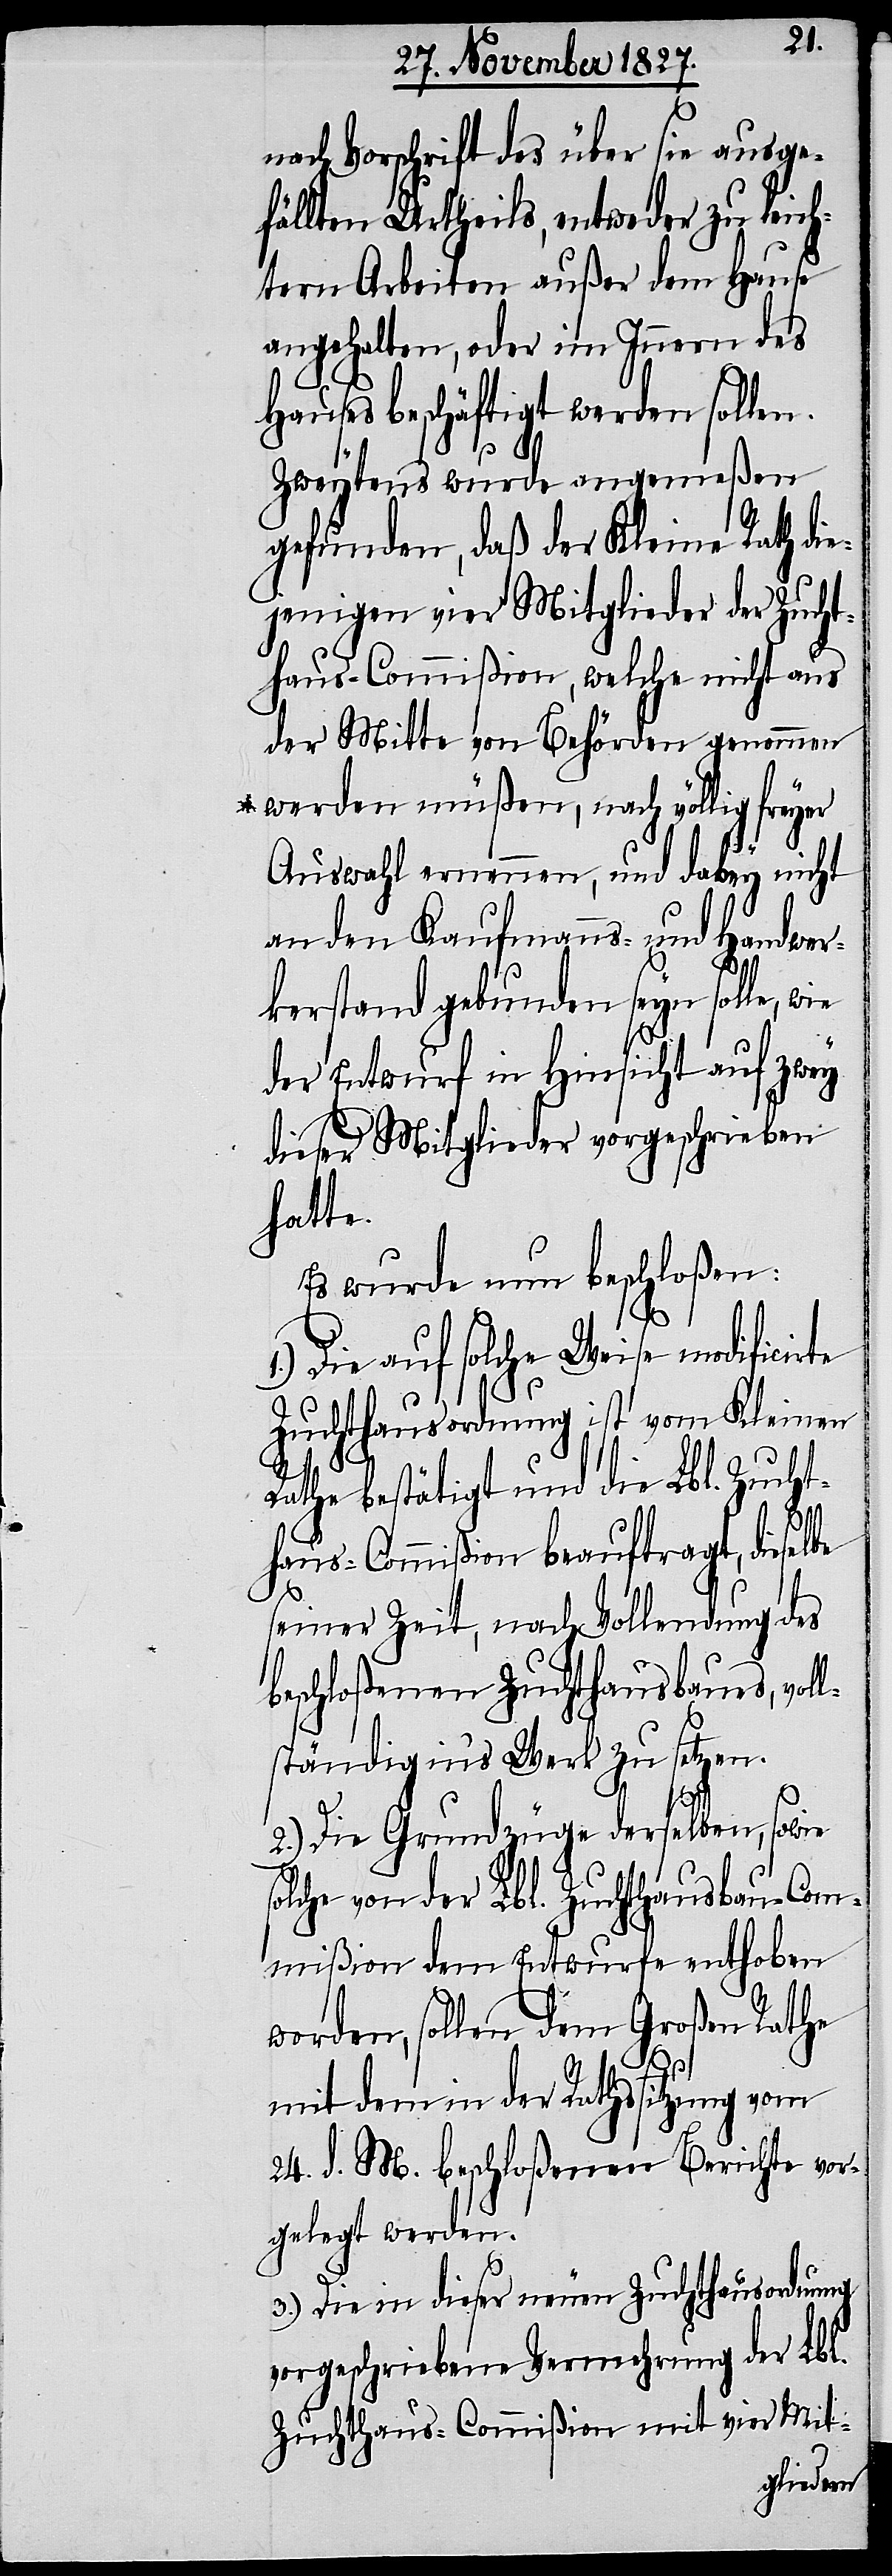
nach Vorschrift des über sie ausge¬
fällten Urtheils, entweder zu leich¬
tern Arbeiten außer dem Hause
angehalten, oder im Innern des
Hauses beschäftigt werden sollen.
Zweytens wurde angemeßen
gefunden, daß der Kleine Rath di¬
ejenigen vier Mitglieder der Zucht¬
haus-Commißion, welche nicht aus
der Mitte von Behörden genommen
werden müßen, nach völlig freyer
Auswahl ernennen, und dabey nicht
an den Kaufmanns- und Handwer¬
kerstand gebunden seyn solle,
der Entwurf in Hinsicht auf zwey
dieser Mitglieder vorgeschrieben
hatte.
Es wurde nun beschloßen:
Die auf solche Weise modificirte
Zuchthausordnung ist vom Kleinen
Rathe bestätigt und die Lbl. Zucht¬
haus-Commißion beauftragt, dieselbe
seiner Zeit, nach Vollendung des
beschloßenen Zuchthausbaues, vol¬
lständig in’s Werk zu setzen.
2.) Die Grundzüge derselben, sowie
solche von der Lbl. Zuchthausbau-Com¬
mißion dem Entwurfe enthoben
worden, sollen dem großen Rathe
mit dem in der Rathssitzung vom
24. d. M. beschloßenen Berichte vor¬
gelegt werden.
3.) Die in dieser neuen Zuchthausordnung
vorgeschriebene Vermehrung der Lbl.
Zuchthaus-Commißion mit vier Mit-